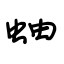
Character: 蚰